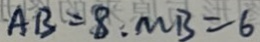
A B = 8 . M B = 6